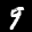
Label: 9